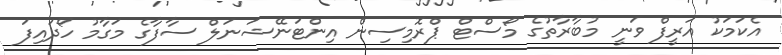
އެކަމަކު އަރީފް ވަނީ މުބާރާތުގެ މޯސްޓް ޕްރޮމިސިން އިންޓަނޭޝަނަލް ސާފާގެ މަގާމު ހޯދައިފަ